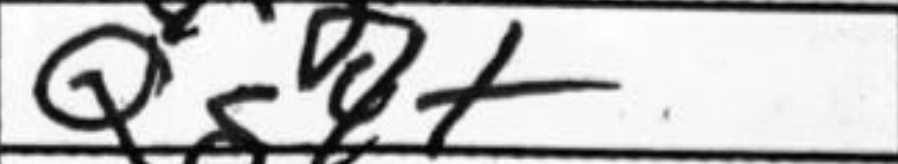
Transcription: Qg7+